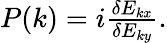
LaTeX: \begin{array}{r}{P(k)=i\frac{\delta E_{kx}}{\delta E_{ky}}.}\end{array}